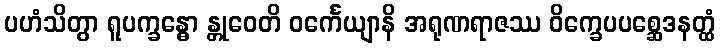
ပဟံသိတွာ ရူပက္ခန္ဓော န္တုဝေတိ ဝင်္ကေယျာနိ အရုဏရာဇဿ ဝိက္ခေပပစ္ဆေဒနတ္ထံ